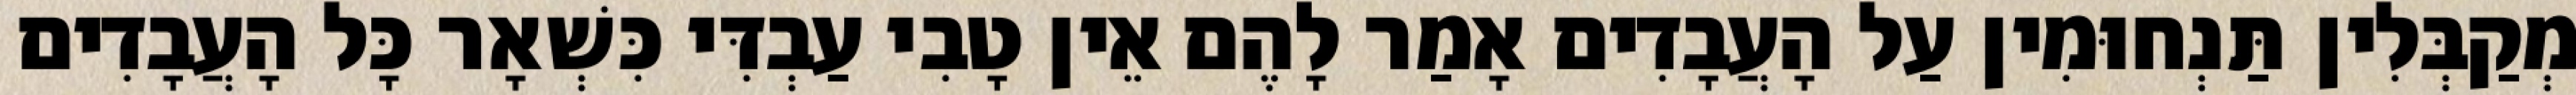
מְקַבְּלִין תַּנְחוּמִין עַל הָעֲבָדִים אָמַר לָהֶם אֵין טָבִי עַבְדִּי כִּשְׁאָר כָּל הָעֲבָדִים